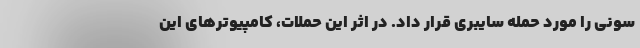
سونی را مورد حمله سایبری قرار داد. در اثر این حملات، کامپیوترهای این